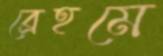
ব্রেহমে